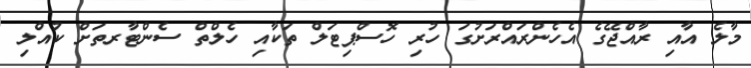
މާލެ އާއި ރާއްޖޭގެ އެހެންރައްރަށުގަ ހުރި ހޮސްޕިޓަލް ތަކާއި ހެލްތް ސެންޓާރތަށް ކުއްލި